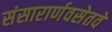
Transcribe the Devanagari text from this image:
संसारार्णवसेतवे